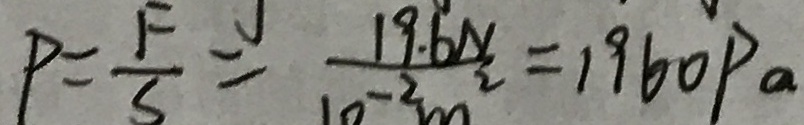
P = \frac { F } { S } = \frac { 1 9 . 6 N } { 1 0 ^ { - 2 } m ^ { 2 } } = 1 9 6 0 P a